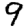
Digit: 9